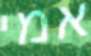
אמי